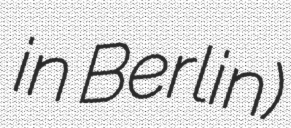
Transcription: in Berlin)